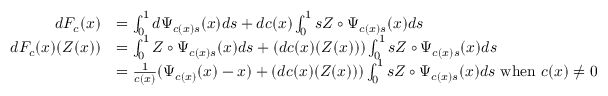
\begin{array} { r l } { d F _ { c } ( x ) } & { = \int _ { 0 } ^ { 1 } d \Psi _ { c ( x ) s } ( x ) d s + d c ( x ) \int _ { 0 } ^ { 1 } s Z \circ \Psi _ { c ( x ) s } ( x ) d s } \\ { d F _ { c } ( x ) ( Z ( x ) ) } & { = \int _ { 0 } ^ { 1 } Z \circ \Psi _ { c ( x ) s } ( x ) d s + ( d c ( x ) ( Z ( x ) ) ) \int _ { 0 } ^ { 1 } s Z \circ \Psi _ { c ( x ) s } ( x ) d s } \\ & { = \frac { 1 } { c ( x ) } ( \Psi _ { c ( x ) } ( x ) - x ) + ( d c ( x ) ( Z ( x ) ) ) \int _ { 0 } ^ { 1 } s Z \circ \Psi _ { c ( x ) s } ( x ) d s \mathrm { ~ w h e n ~ } c ( x ) \neq 0 } \end{array}